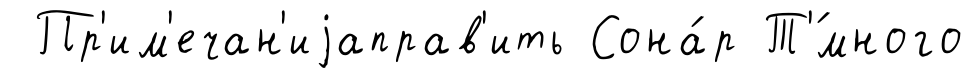
Пр'им'ечан'иjаправ'ить Сона́р Т'́много